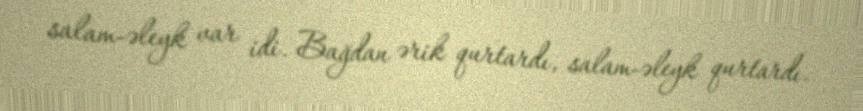
salam-əleyk var idi. Bağdan ərik qurtardı, salam-əleyk qurtardı.